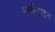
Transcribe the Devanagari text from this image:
मरकैंटाइन